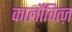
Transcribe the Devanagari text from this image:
कार्लोवित्ज़